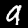
Digit: 9